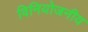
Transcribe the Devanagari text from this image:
विनियोजनीय